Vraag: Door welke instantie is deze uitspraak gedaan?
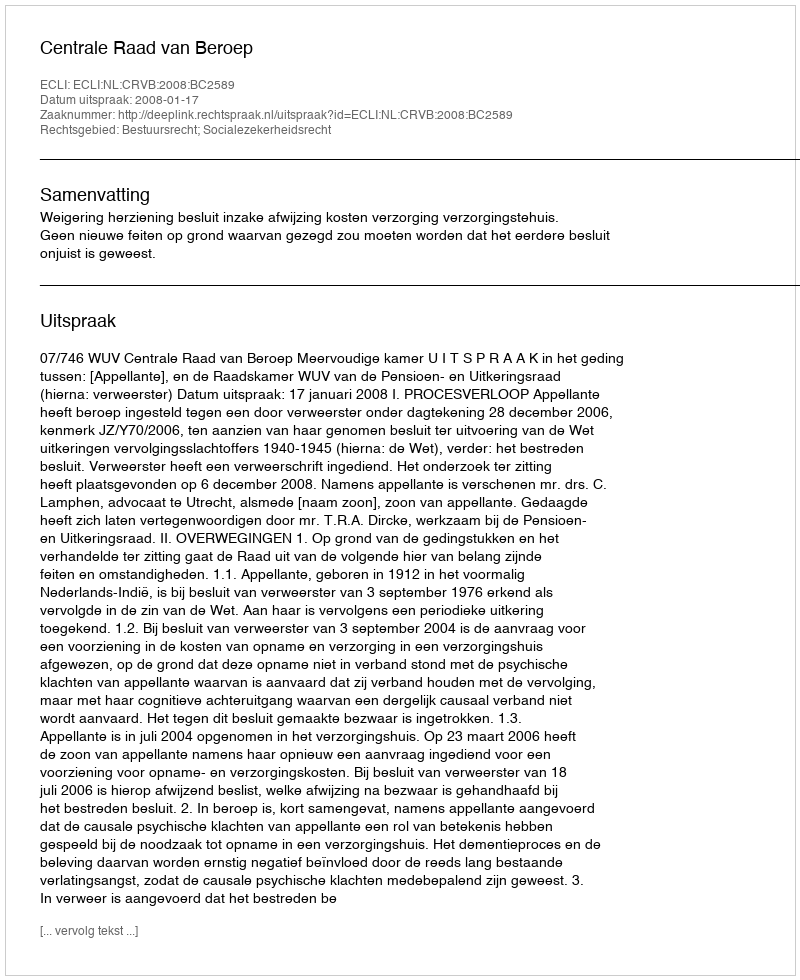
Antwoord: Centrale Raad van Beroep